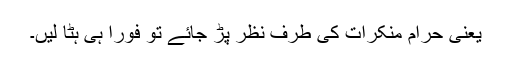
یعنی حرام منکرات کی طرف نظر پڑ جائے تو فوراً ہی ہٹا لیں۔